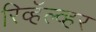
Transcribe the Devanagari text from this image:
रिव्हॅल्व्हर